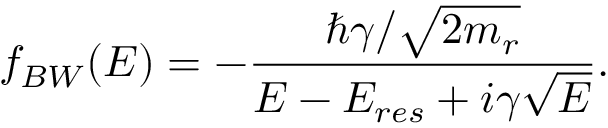
f _ { B W } ( E ) = - \frac { \hbar \gamma / \sqrt { 2 m _ { r } } } { E - E _ { r e s } + i \gamma \sqrt { E } } .